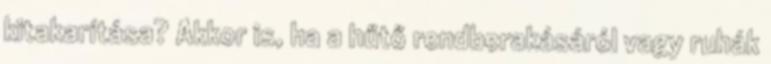
kitakarítása? Akkor is, ha a hűtő rendberakásáról vagy ruhák